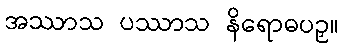
အဿာသ ပဿာသ နိရောဓပဉှ။